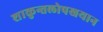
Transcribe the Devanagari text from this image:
शाकुन्तलोपखयान